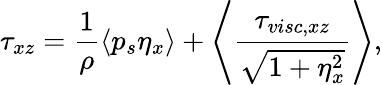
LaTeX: \tau_{xz}=\frac{1}{\rho}\left\langle p_{s}\eta_{x}\right\rangle+\left\langle\frac{\tau_{visc,xz}}{\sqrt{1+\eta_{x}^{2}}}\right\rangle,